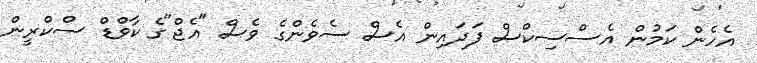
އެހެން ކަމުން އެސްސިކްސް ފަދައިން އެސް ސެވެންގެ ވެސް "އެޖް"ގެ ކާވްޑް ސްކްރީން